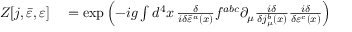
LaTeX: \begin{array} { r l } { Z [ j , { \bar { \varepsilon } } , \varepsilon ] } & { { } = \exp \left( - i g \int d ^ { 4 } x \, { \frac { \delta } { i \delta { \bar { \varepsilon } } ^ { a } ( x ) } } f ^ { a b c } \partial _ { \mu } { \frac { i \delta } { \delta j _ { \mu } ^ { b } ( x ) } } { \frac { i \delta } { \delta \varepsilon ^ { c } ( x ) } } \right) } \end{array}